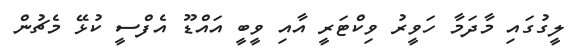
ލީގުގައި މާދަމާ ހަވީރު ވިކްޓަރީ އާއި ވީބީ އައްޑޫ އެފްސީ ކުޅޭ މެޗުން